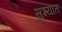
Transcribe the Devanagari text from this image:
सुभ्यात